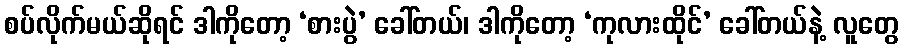
စပ်လိုက်မယ်ဆိုရင် ဒါကိုတော့ ‘စားပွဲ’ ခေါ်တယ်၊ ဒါကိုတော့ ‘ကုလားထိုင်’ ခေါ်တယ်နဲ့ လူတွေ